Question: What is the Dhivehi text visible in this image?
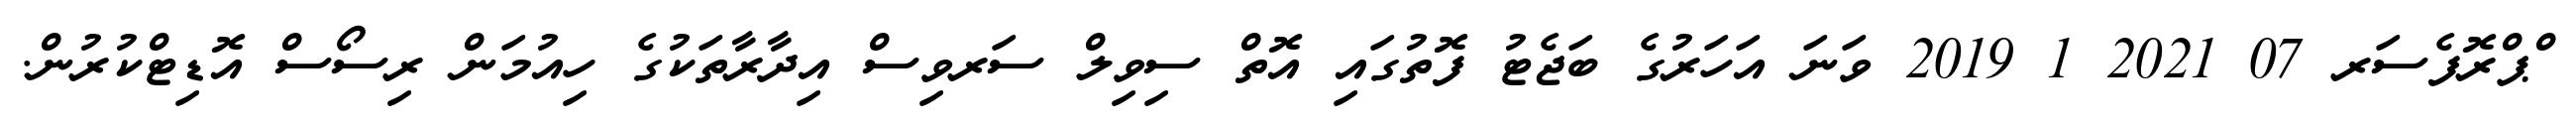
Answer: ްޕްރޮފެސަރ 07 2021 1 2019 ވަނަ އަހަރުގެ ބަޖެޓު ފޮތުގައި އޮތް ސިވިލް ސަރވިސް އިދާރާތަކުގެ ހިއުމަން ރިސޯސް އޮޑިޓްކުރުން.